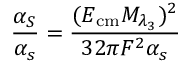
\frac { \alpha _ { S } } { \alpha _ { s } } = \frac { ( E _ { \mathrm { c m } } M _ { \lambda _ { 3 } } ) ^ { 2 } } { 3 2 \pi F ^ { 2 } \alpha _ { s } }